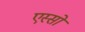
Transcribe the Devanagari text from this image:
एस्सो